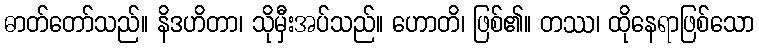
ဓာတ်တော်သည်။ နိဒဟိတာ၊ သိုမှီးအပ်သည်။ ဟောတိ၊ ဖြစ်၏။ တဿ၊ ထိုနေရာဖြစ်သော